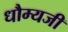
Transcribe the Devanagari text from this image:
धौम्यजी